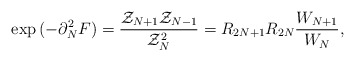
\begin{align*}\exp{(- \partial_{N}^{2} F)} = {{\cal Z}_{N+1} {\cal Z}_{N-1} \over{\cal Z}_{N}^{2} } = R_{2 N+1} R_{2 N} {W_{N+1} \over W_{N} },\end{align*}